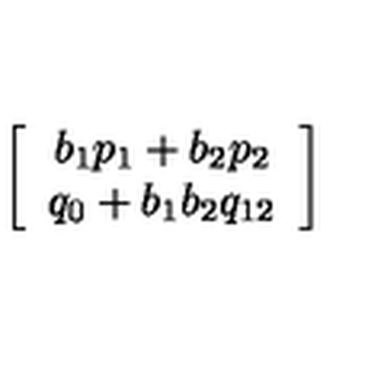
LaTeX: \left[ \begin{array} { c } { b _ { 1 } p _ { 1 } + b _ { 2 } p _ { 2 } } \\ { q _ { 0 } + b _ { 1 } b _ { 2 } q _ { 1 2 } } \\ \end{array} \right]